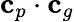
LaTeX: \mathbf{c}_{p}\cdot\mathbf{c}_{g}